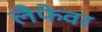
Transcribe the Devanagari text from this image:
लैफेवर